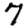
Digit: 7